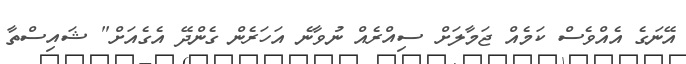
އޭނަގެ އެއްވެސް ކަމެއް ޖަމާލަށް ސިއްރެއް ނުވާނެ އަހަރެން ގެންދޭ އެގެއަށް" ޝައިސްތާ